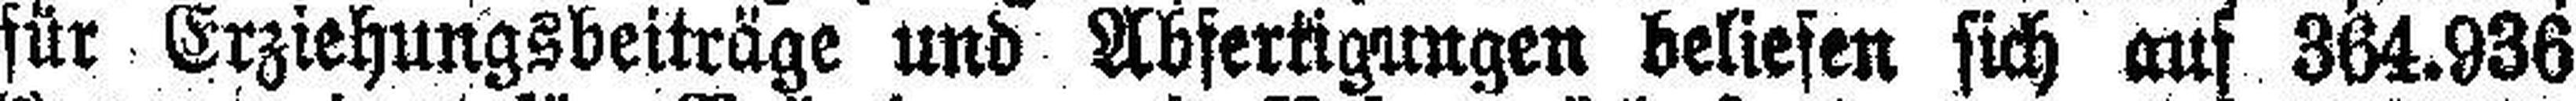
für Erziehungsbeiträge und Abfertigungen beliefen sich auf 364.936